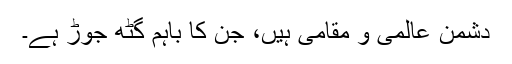
دشمن عالمی و مقامی ہیں، جن کا باہم گٹھ جوڑ ہے۔